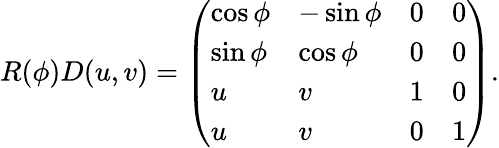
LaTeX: R(\phi)D(u,v)=\left(\begin{array}{llll}{{\cos\phi}}&{{-\sin\phi}}&{{0}}&{{0}}\\ {{\sin\phi}}&{{\cos\phi}}&{{0}}&{{0}}\\ {{u}}&{{v}}&{{1}}&{{0}}\\ {{u}}&{{v}}&{{0}}&{{1}}\end{array}\right).